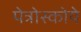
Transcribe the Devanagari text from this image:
पेत्रोस्कोये